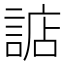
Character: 䛸